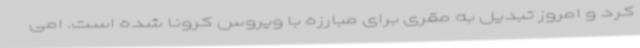
کرد و امروز تبدیل به مقری برای مبارزه با ویروس کرونا شده است. امی